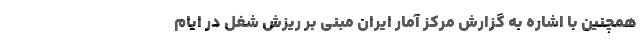
همچنین با اشاره به گزارش مرکز آمار ایران مبنی بر ریزش شغل در ایام